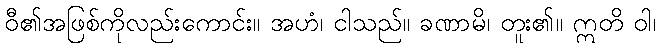
ဝီ၏အဖြစ်ကိုလည်းကောင်း။ အဟံ၊ ငါသည်။ ခဏာမိ၊ တူး၏။ ဣတိ ဝါ၊